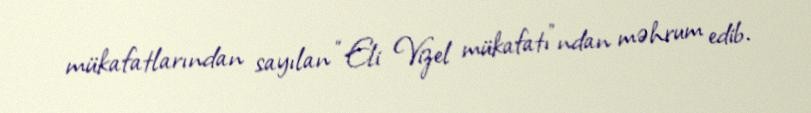
mükafatlarından sayılan “Eli Vizel mükafatı”ndan məhrum edib.